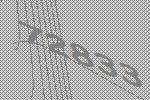
72833